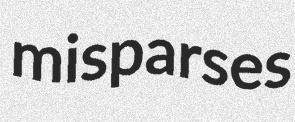
misparses